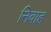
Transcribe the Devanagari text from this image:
निवाह